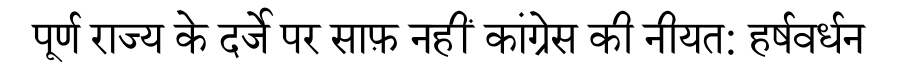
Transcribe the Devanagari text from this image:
पूर्ण राज्य के दर्जे पर साफ़ नहीं कांग्रेस की नीयत: हर्षवर्धन